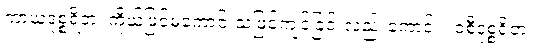
ကာယဒုစ္စရိတံ၊ ကိုယ်ဖြင့်မကောင်းသဖြင့်ကျင့်ခြင်းလည်းကောင်း။ ဝစီဒုစ္စရိတံ၊